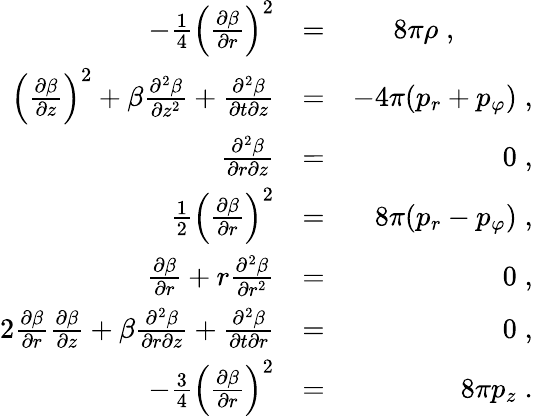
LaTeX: \begin{array}{rlr}{-\frac{1}{4}\left(\frac{\partial\beta}{\partial r}\right)^{2}}&{=}&{8\pi\rho\; ,\; \; \; \; \; \; \; \; \; \; }\\ {\left(\frac{\partial\beta}{\partial z}\right)^{2}+\beta\frac{\partial^{2}\beta}{\partial z^{2}}+\frac{\partial^{2}\beta}{\partial t\partial z}}&{=}&{-4\pi(p_{r}+p_{\varphi})\; ,}\\ {\frac{\partial^{2}\beta}{\partial r\partial z}}&{=}&{0\; ,}\\ {\frac{1}{2}\left(\frac{\partial\beta}{\partial r}\right)^{2}}&{=}&{8\pi(p_{r}-p_{\varphi})\; ,}\\ {\frac{\partial\beta}{\partial r}+r\frac{\partial^{2}\beta}{\partial r^{2}}}&{=}&{0\; ,}\\ {2\frac{\partial\beta}{\partial r}\frac{\partial\beta}{\partial z}+\beta\frac{\partial^{2}\beta}{\partial r\partial z}+\frac{\partial^{2}\beta}{\partial t\partial r}}&{=}&{0\; ,}\\ {-\frac{3}{4}\left(\frac{\partial\beta}{\partial r}\right)^{2}}&{=}&{8\pi p_{z}\; .}\end{array}